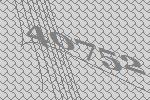
40752